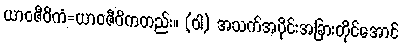
ယာဝဇီဝိကံ=ယာဝဇီဝိကတည်း။ (ဝါ) အသက်အပိုင်းအခြားတိုင်အောင်